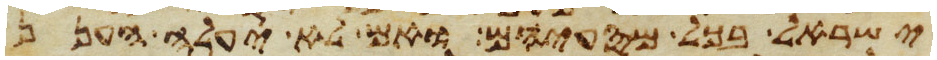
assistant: ישראל בכל מסעיהם ואם לא יעלה הענן